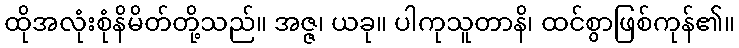
ထိုအလုံးစုံနိမိတ်တို့သည်။ အဇ္ဇ၊ ယခု။ ပါကုသူတာနိ၊ ထင်စွာဖြစ်ကုန်၏။